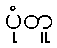
ပုံတူ